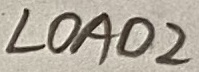
Text: LOAD2